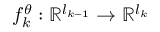
f _ { k } ^ { \theta } : \mathbb { R } ^ { l _ { k - 1 } } \rightarrow \mathbb { R } ^ { l _ { k } }